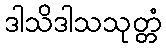
ဒါသိဒါသသုတ္တံ